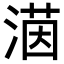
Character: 𪶲